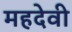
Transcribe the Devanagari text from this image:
महदेवी